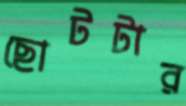
ছোটটার